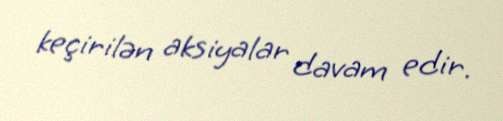
keçirilən aksiyalar davam edir.